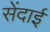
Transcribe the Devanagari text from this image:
सेंदाई